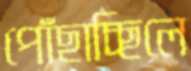
পোঁছাচ্ছিলে